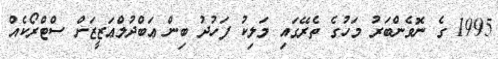
1995 ގެ ނޮވެންބަރު މަހުގެ ތެރޭގައި މަލިކު ފަހުދު ބިން ޢަބްދުލްޢަޒީޒަށް ސްޓްރޯކެއް